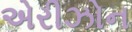
એરીઝોન